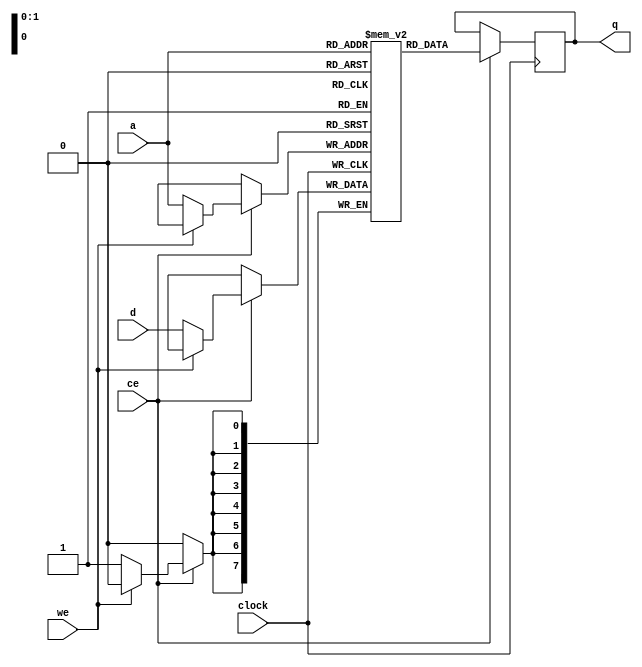
//-------------------------------------------------------------------------------------------------
module ram
//-------------------------------------------------------------------------------------------------
#
(
	parameter KB = 0,
	parameter FN = ""
)
(
	input  wire                      clock,
	input  wire                      ce,
	input  wire                      we,
	input  wire[                7:0] d,
	output reg [                7:0] q,
	input  wire[$clog2(KB*1024)-1:0] a
);
//-------------------------------------------------------------------------------------------------

reg[7:0] ram[(KB*1024)-1:0];
initial if(FN != "") $readmemh(FN, ram, 0);

always @(posedge clock) if(ce) begin q <= ram[a]; if(!we) ram[a] <= d; end

//-------------------------------------------------------------------------------------------------
endmodule
//-------------------------------------------------------------------------------------------------